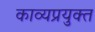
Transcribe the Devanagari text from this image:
काव्यप्रयुक्त